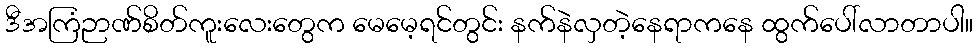
ဒီအကြံဉာဏ်စိတ်ကူးလေးတွေက မေမေ့ရင်တွင်း နက်နဲလှတဲ့နေရာကနေ ထွက်ပေါ်လာတာပါ။